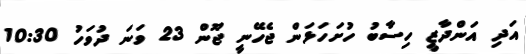
އަދި އަންދާޒީ ހިސާބު ހުށަހަޅަން ޖެހޭނީ ޖޫން 23 ވަނަ ދުވަހު 10:30